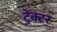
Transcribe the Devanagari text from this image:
ट्रेक्‍टर